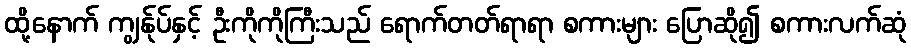
ထို့နောက် ကျွန်ုပ်နှင့် ဦးကိုကိုကြီးသည် ရောက်တတ်ရာရာ စကားများ ပြောဆို၍ စကားလက်ဆုံ